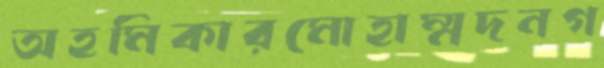
অহমিকারমোহাম্মদনগ